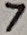
Text: 7